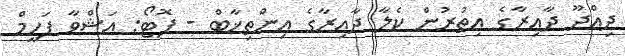
ދިއްދޫ ދާއިރާގެ އިތުރުން ކެލާ ދާއިރާގެ އިންތިޚާބް - ފޮޓޯ: އަޝްވާ ފަހީމް